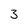
Character: 3